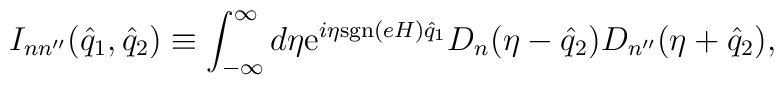
I_{nn''}(\hat{q}_1,\hat{q}_2) \equiv \int_{-\infty}^\infty d\eta {\rm e}^{i \eta {\rm sgn}(eH) \hat{q}_1} D_n(\eta - \hat{q}_2) D_{n''}(\eta + \hat{q}_2),